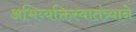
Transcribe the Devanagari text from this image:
अभिव्यक्तिस्वातंत्र्याने